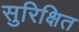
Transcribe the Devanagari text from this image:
सुरिक्षित